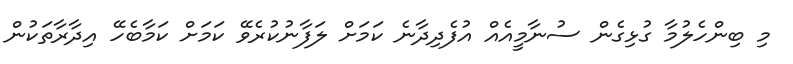
މި ބިންހެލުމާ ގުޅިގެން ސުނާމީއެއް އުފެދިދާނެ ކަމަށް ލަފާނުކުރެވޭ ކަމަށް ކަމާބެހޭ އިދާރާތަކުން